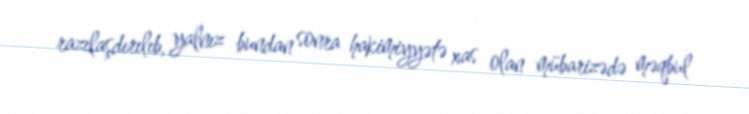
razılaşdırılıb, yalnız bundan sonra hakimiyyətə xas olan mübarizədə məqbul